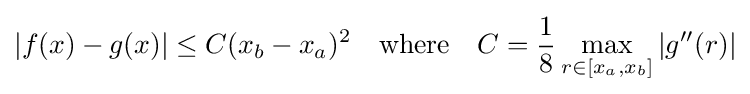
|f(x)-g(x)|\leq C(x_{b}-x_{a})^{2}\quad {\text{where}}\quad C={\frac {1}{8}}\max _{r\in [x_{a},x_{b}]}|g''(r)|